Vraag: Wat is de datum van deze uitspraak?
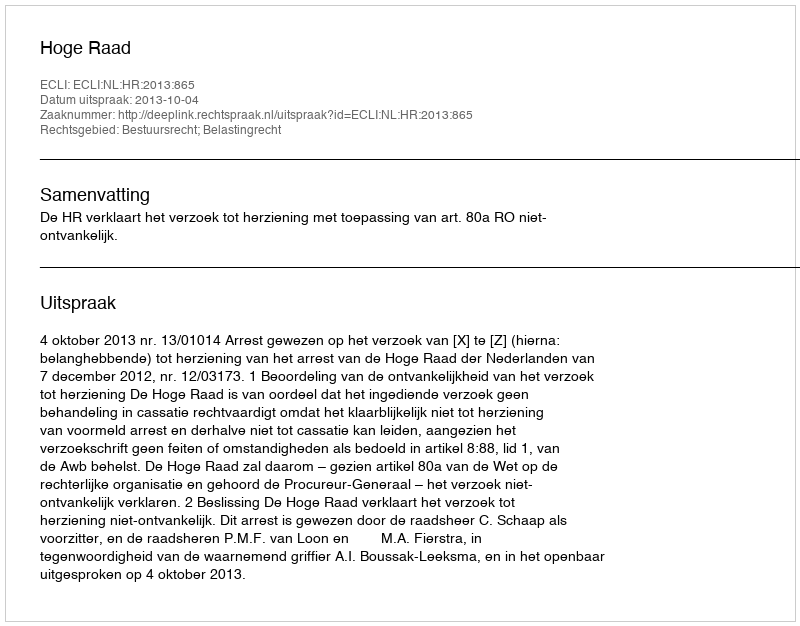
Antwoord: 2013-10-04